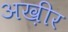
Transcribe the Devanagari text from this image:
अख़ीर